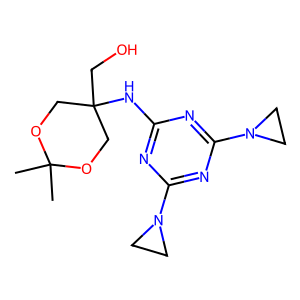
SMILES: CC1(C)OCC(CO)(Nc2nc(N3CC3)nc(N3CC3)n2)CO1
Inhibits HIV replication: No